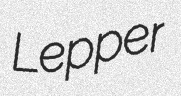
Lepper